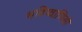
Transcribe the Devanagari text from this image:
भविष्वाणियों